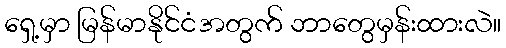
ရှေ့မှာ မြန်မာနိုင်ငံအတွက် ဘာတွေမှန်းထားလဲ။